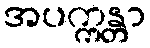
အပက္ကန္တာ